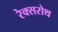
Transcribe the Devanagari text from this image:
रेक्सरोथ